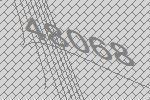
48068